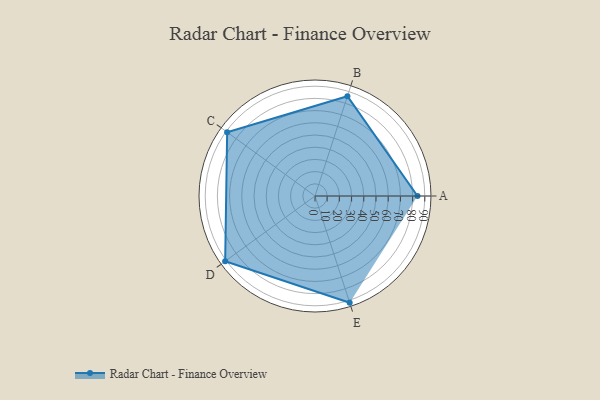
{"axis": {"x": "Skill", "y": "Score"}, "legend": ["Profile"], "data": [{"x": "A", "y": 84.0, "type": "Profile"}, {"x": "B", "y": 86.0, "type": "Profile"}, {"x": "C", "y": 89.0, "type": "Profile"}, {"x": "D", "y": 91.0, "type": "Profile"}, {"x": "E", "y": 92.0, "type": "Profile"}]}